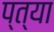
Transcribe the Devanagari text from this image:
प्त्या